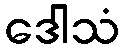
ဒေါသံ